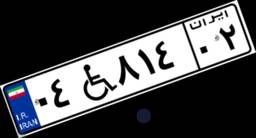
۰۴W۸۱۴۰۲